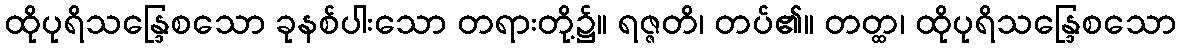
ထိုပုရိသန္ဒြေစသော ခုနစ်ပါးသော တရားတို့၌။ ရဇ္ဇတိ၊ တပ်၏။ တတ္ထ၊ ထိုပုရိသန္ဒြေစသော